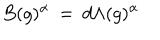
B ( g ) ^ { \alpha } \: = \: d \Lambda ( g ) ^ { \alpha }